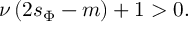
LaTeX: \nu \left( 2 s _ { \Phi } - m \right) + 1 > 0 .